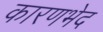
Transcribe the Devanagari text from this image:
कारणभेद